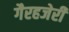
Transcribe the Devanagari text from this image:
गैरहजेरी